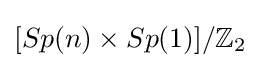
[Sp(n)\times Sp(1)]/{\mathbb {Z} }_{2}